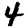
Digit: 4